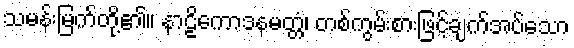
သမန်းမြက်တို့၏။ နာဠိကောဒနမတ္တံ၊ တစ်ကွမ်းစားဖြင့်ချက်အပ်သော